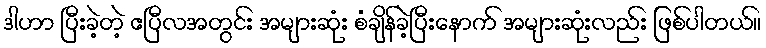
ဒါဟာ ပြီးခဲ့တဲ့ ဧပြီလအတွင်း အများဆုံး စံချိန်ခဲ့ပြီးနောက် အများဆုံးလည်း ဖြစ်ပါတယ်။